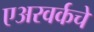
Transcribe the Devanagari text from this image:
एअरवर्कचे